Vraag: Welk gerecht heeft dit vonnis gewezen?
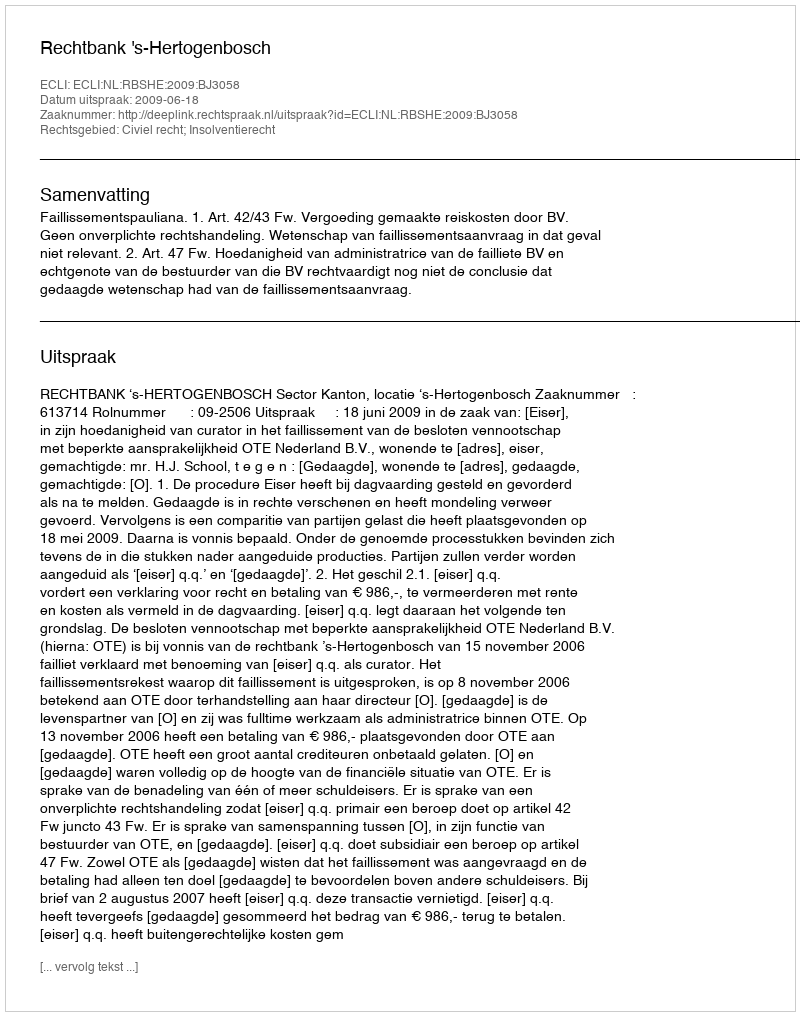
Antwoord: Rechtbank 's-Hertogenbosch